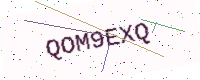
Text: QOM9EXQ